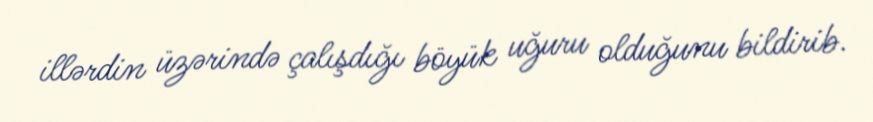
illərdin üzərində çalışdığı böyük uğuru olduğunu bildirib.